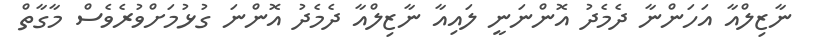
ނާޒިލްއާ އަހަންނާ ދެމެދު އޮންނަނީ ލައިއާ ނާޒިލްއާ ދެމެދު އޮންނަ ގުޅުމަށްވުރެވެސް މާގާތް